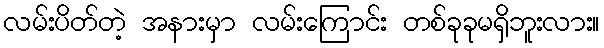
လမ်းပိတ်တဲ့ အနားမှာ လမ်းကြောင်း တစ်ခုခုမရှိဘူးလား။